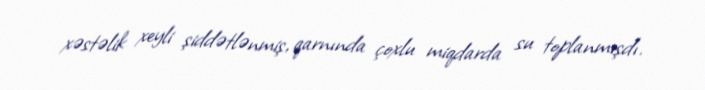
xəstəlik xeyli şiddətlənmiş, qarnında çoxlu miqdarda su toplanmışdı.